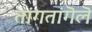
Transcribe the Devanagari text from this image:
तांगतांगॆलॆ